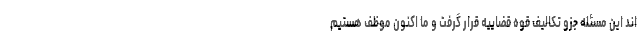
اند این مسئله جزو تکالیف قوه قضاییه قرار گرفت و ما اکنون موظف هستیم